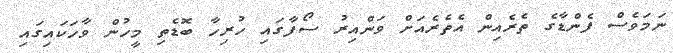
ނަމަވެސް ފެންޑާގެ ތެރެއިން އެތެރެއަށް ވަންއިރު ސޯފާގައި ހުރިހާ ބޮޑެތި މީހުން ވާހަކައިގައި